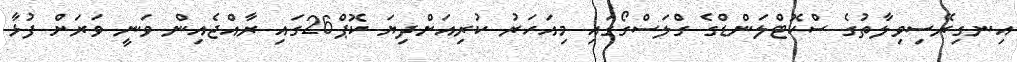
އިނގިރޭސިވިލާތުގެ ސްކޮޓްލަންޑްގެ ގްލަސްގޯގައި މިއަހަރު ކުރިއަށްދިޔަ ކޮޕް26ގައި ރާއްޖެއިން ވަނީ ވަރަށް ފުޅާ